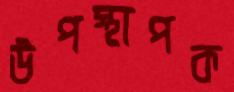
উপস্থাপক